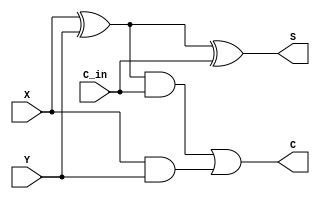
`timescale 1ns / 1ps
//////////////////////////////////////////////////////////////////////////////////
// Company: 
// Engineer: 
// 
// Design Name: 
// Module Name: FA
// Project Name: 
// Target Devices: 
// Tool Versions: 
// Description: 
// 
// Dependencies: 
// 
// Revision:
// Revision 0.01 - File Created
// Additional Comments:
// 
//////////////////////////////////////////////////////////////////////////////////


//module FA(
//    input A, B, C_in,
//    output C_out, S
//    );
    
//    wire T1, T2, T3;
    
//    xor(T1, A, B);
//    and(T2, T1, C_in);
//    and(T3, A, B);
    
//    xor(S, A, B, C_in);
//    or(C_out, T2, T3);
//endmodule


//////////////////////////////////////////////////////////////////////////////////


module FA_DATAFLOW(
    input A, B, C_in,
    output C, S
    );
    
    assign S = (A ^ B ^ C_in);
    assign C = (A&B) | ((A^B) & C_in);
endmodule


//////////////////////////////////////////////////////////////////////////////////


module FA_BEHAV(
    input A, B, C_in,
    output reg C, S
    );
    
    always@(A, B, C_in)
    begin
        case({A, B, C_in})
            3'b000:
                begin
                    S=1'b0;
                    C=1'b0;
                end
            3'b001:
                begin
                    S=1'b1;
                    C=1'b0;
                end
            3'b010:
                begin
                    S=1'b1;
                    C=1'b0;
                end
            3'b011:
                begin
                    S=1'b0;
                    C=1'b1;
                end
            3'b100:
                begin
                    S=1'b1;
                    C=1'b0;
                end
            3'b101:
                begin
                    S=1'b0;
                    C=1'b1;
                end
            3'b110:
                begin
                    S=1'b0;
                    C=1'b1;
                end
            3'b111:
                begin
                    S=1'b1;
                    C=1'b1;
                end
        endcase
    end
endmodule


//////////////////////////////////////////////////////////////////////////////////


module FA(
    C,
    S,
    X,
    Y,
    C_in
    );
    output C;
    output S;
    input X;
    input Y;
    input C_in;
    assign S = X^Y^C_in;
    assign C = ((X^Y) & C_in) | (X & Y);
endmodule